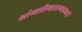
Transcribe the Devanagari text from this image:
भांगशीमातागडाकडे